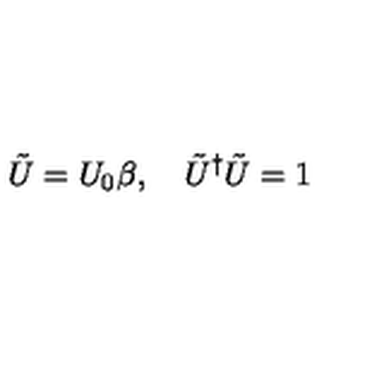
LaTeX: \tilde { U } = U _ { 0 } \beta , \quad \tilde { U } ^ { \dag } \tilde { U } = 1